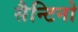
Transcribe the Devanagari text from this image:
सैन्टिनो